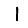
Digit: 1